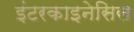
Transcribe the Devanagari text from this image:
इंटरकाइनेसिस